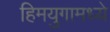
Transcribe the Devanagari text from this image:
हिमयुगामध्ये